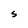
Character: S